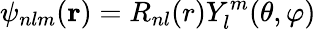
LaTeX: \psi_{nlm}(\mathbf{r})=R_{nl}(r)Y_{l}^{m}(\theta,\varphi)